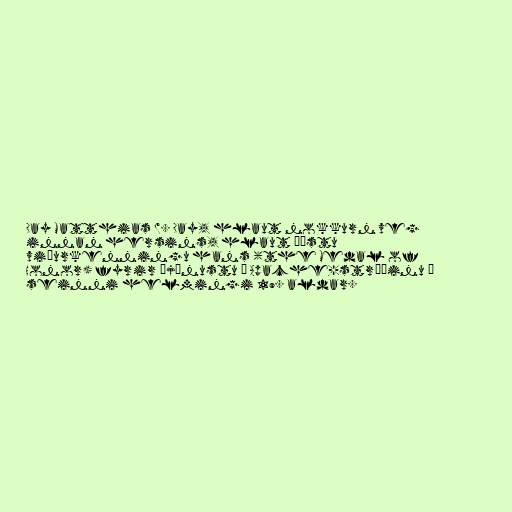
Day Matthias W. Day, hlaut nokkurn veg
innan hersins, hlaut æðstu
viðurkenningu hans (the Medal of
Honor) fyrir þjónustu í Apache-stríðinu á
seinni helmingi 19. aldar.